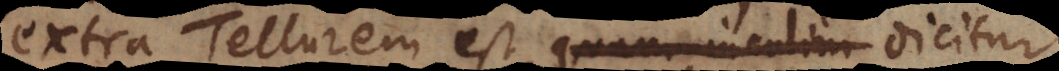
extra Tellurem est quam incolim dicitur